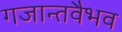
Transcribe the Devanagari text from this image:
गजान्तवैभव